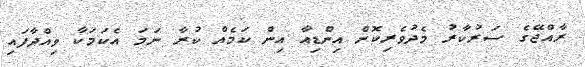
ރާއްޖޭގެ ސަރުކާރު މެދުވެރިކޮށް އިންޑިއާ އިން ކަމެއް ކުރާ ނަމަ އެކަމަކާ ވިއްދާފައި